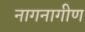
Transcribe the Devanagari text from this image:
नागनागीण